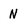
Character: N